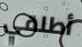
أطلقي